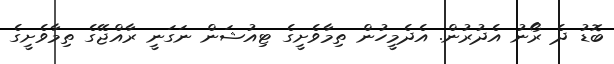
ބޮޑު ދެ ރޯނު އެދުރުން. އެދެމީހުން ތިމާވެށީގެ ޓިއުޝަން ނަގަނީ ރާއްޖޭގެ ތިމާވެށީގެ